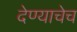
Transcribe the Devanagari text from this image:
देण्याचेच